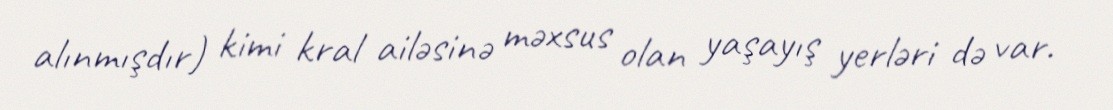
alınmışdır) kimi kral ailəsinə məxsus olan yaşayış yerləri də var.